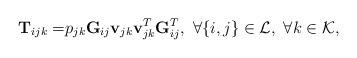
LaTeX: \begin{align*}{\bf T}_{ijk}=&p_{jk}{\bf G}_{ij}{\bf v}_{jk} {\bf v}^{T}_{jk}{\bf G}^{T}_{ij},\ \forall\{i,j\}\in\mathcal{L},\ \forall k\in\mathcal{K},\end{align*}